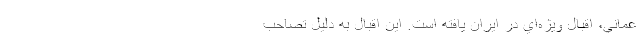
عماني، اقبال ويژه‌اي در ايران يافته است. اين اقبال به ‌دليل تصاحب